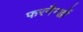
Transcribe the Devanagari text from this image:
फरनैन्डों